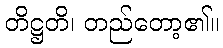
တိဋ္ဌတိ၊ တည်တော့၏။